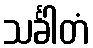
သင်္ခါတံ